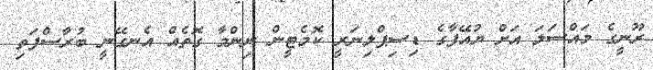
ރޫނީގެ މައްސަލަ އަށް ޔުއޭފާގެ ޑިސިޕްލިނަރީ ކޮމެޓީން ނިންމާ ގޮތެއް އެނގޭނީ ބުރާސްފަތި